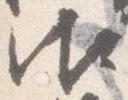
御